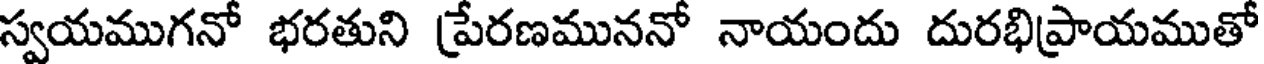
స్వయముగనో భరతుని ప్రేరణముననో నాయందు దురభిప్రాయముతో